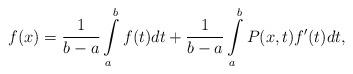
LaTeX: \begin{align*}f(x)=\frac{1}{b-a}\int\limits_{a}^{b}f(t)dt+\frac{1}{b-a}\int\limits_{a}^{b}P(x,t)f^{\prime }(t)dt, \end{align*}